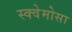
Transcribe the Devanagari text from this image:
स्क्वेमोसा